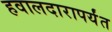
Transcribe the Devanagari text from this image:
हवालदारापर्यंत